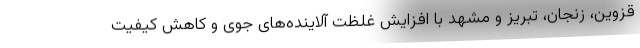
قزوین، زنجان، تبریز و مشهد با افزایش غلظت آلاینده‌های جوی و کاهش کیفیت